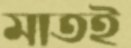
মাতই